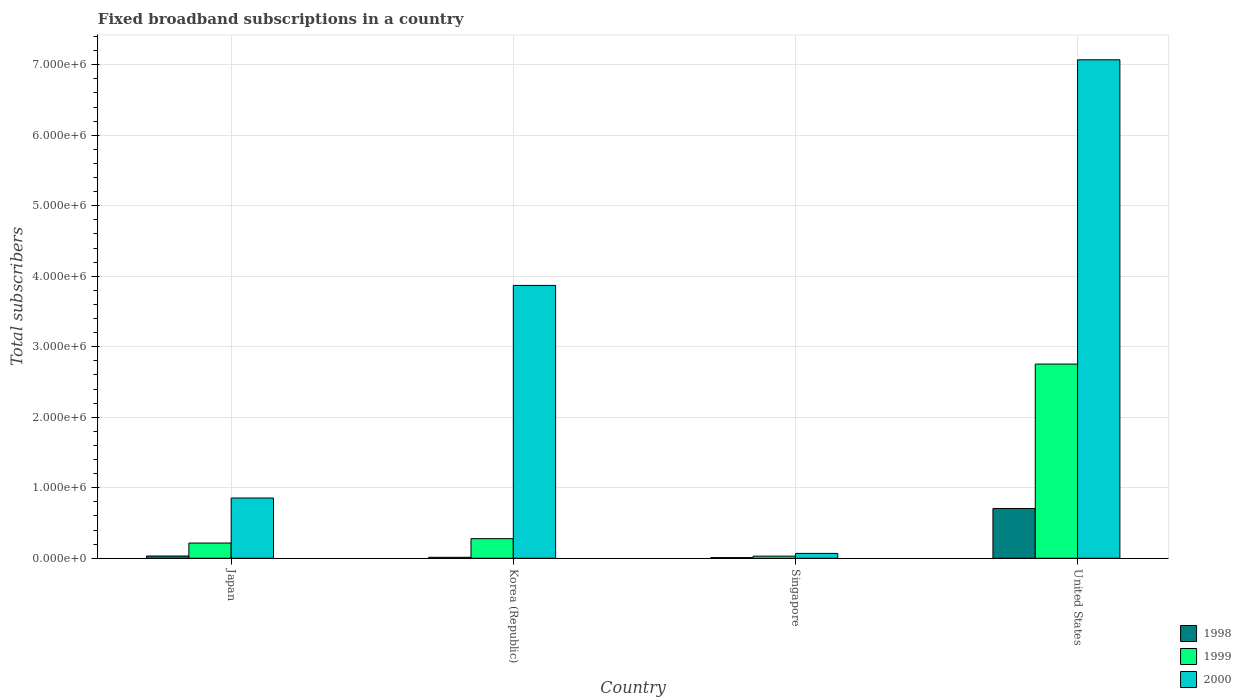
| Country | 1998 | 1999 | 2000 |
 | --- | --- | --- | --- |
 | Japan | 3.2e+04 | 2.16e+05 | 8.55e+05 |
 | Korea (Republic) | 1.4e+04 | 2.78e+05 | 3.87e+06 |
 | Singapore | 1e+04 | 3e+04 | 6.9e+04 |
 | United States | 7.06e+05 | 2.75e+06 | 7.07e+06 |